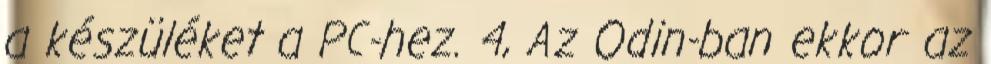
a készüléket a PC-hez. 4, Az Odin-ban ekkor az